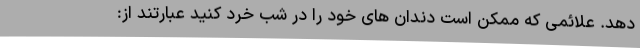
دهد. علائمی که ممکن است دندان های خود را در شب خرد کنید عبارتند از: